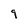
Character: 9